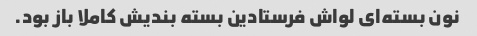
نون بسته‌ای لواش فرستادین بسته بندیش کاملا باز بود.